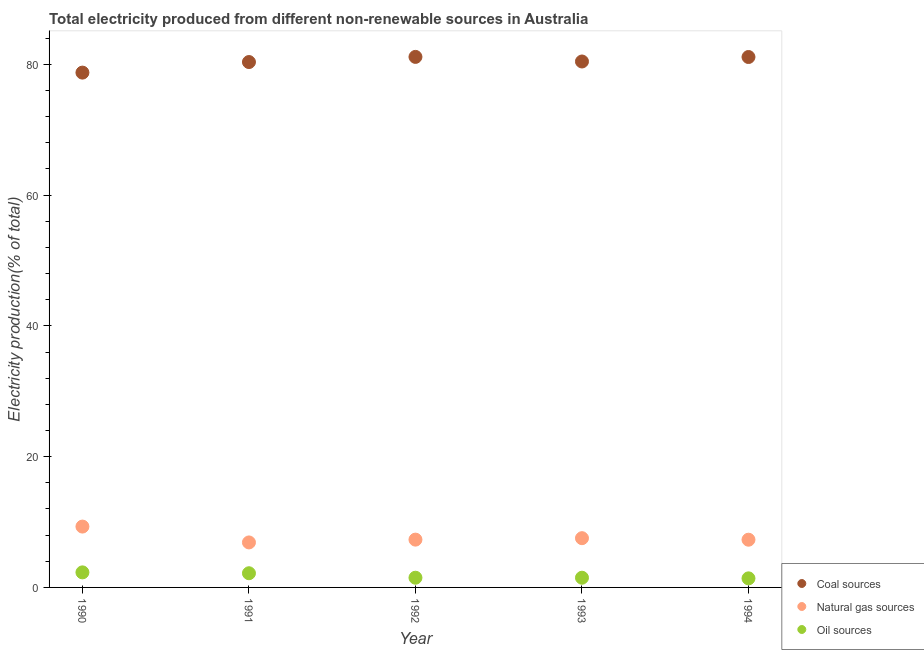
| Year | Coal sources | Natural gas sources | Oil sources |
 | --- | --- | --- | --- |
 | 1990 | 78.7 | 9.31 | 2.3 |
 | 1991 | 80.4 | 6.88 | 2.17 |
 | 1992 | 81.1 | 7.31 | 1.48 |
 | 1993 | 80.4 | 7.53 | 1.48 |
 | 1994 | 81.1 | 7.3 | 1.39 |